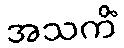
အသကိံ